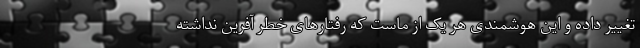
تغییر داده و این هوشمندی هر یک از ماست که رفتارهای خطر آفرین نداشته